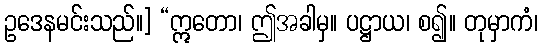
ဥဒေနမင်းသည်။] “ဣတော၊ ဤအခါမှ။ ပဋ္ဌာယ၊ စ၍။ တုမှာကံ၊